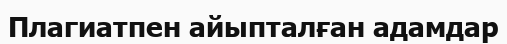
Плагиатпен айыпталған адамдар